65_HS1-834228961_62-HQ-83894_Serial_130
Agency: FBI
Page 76
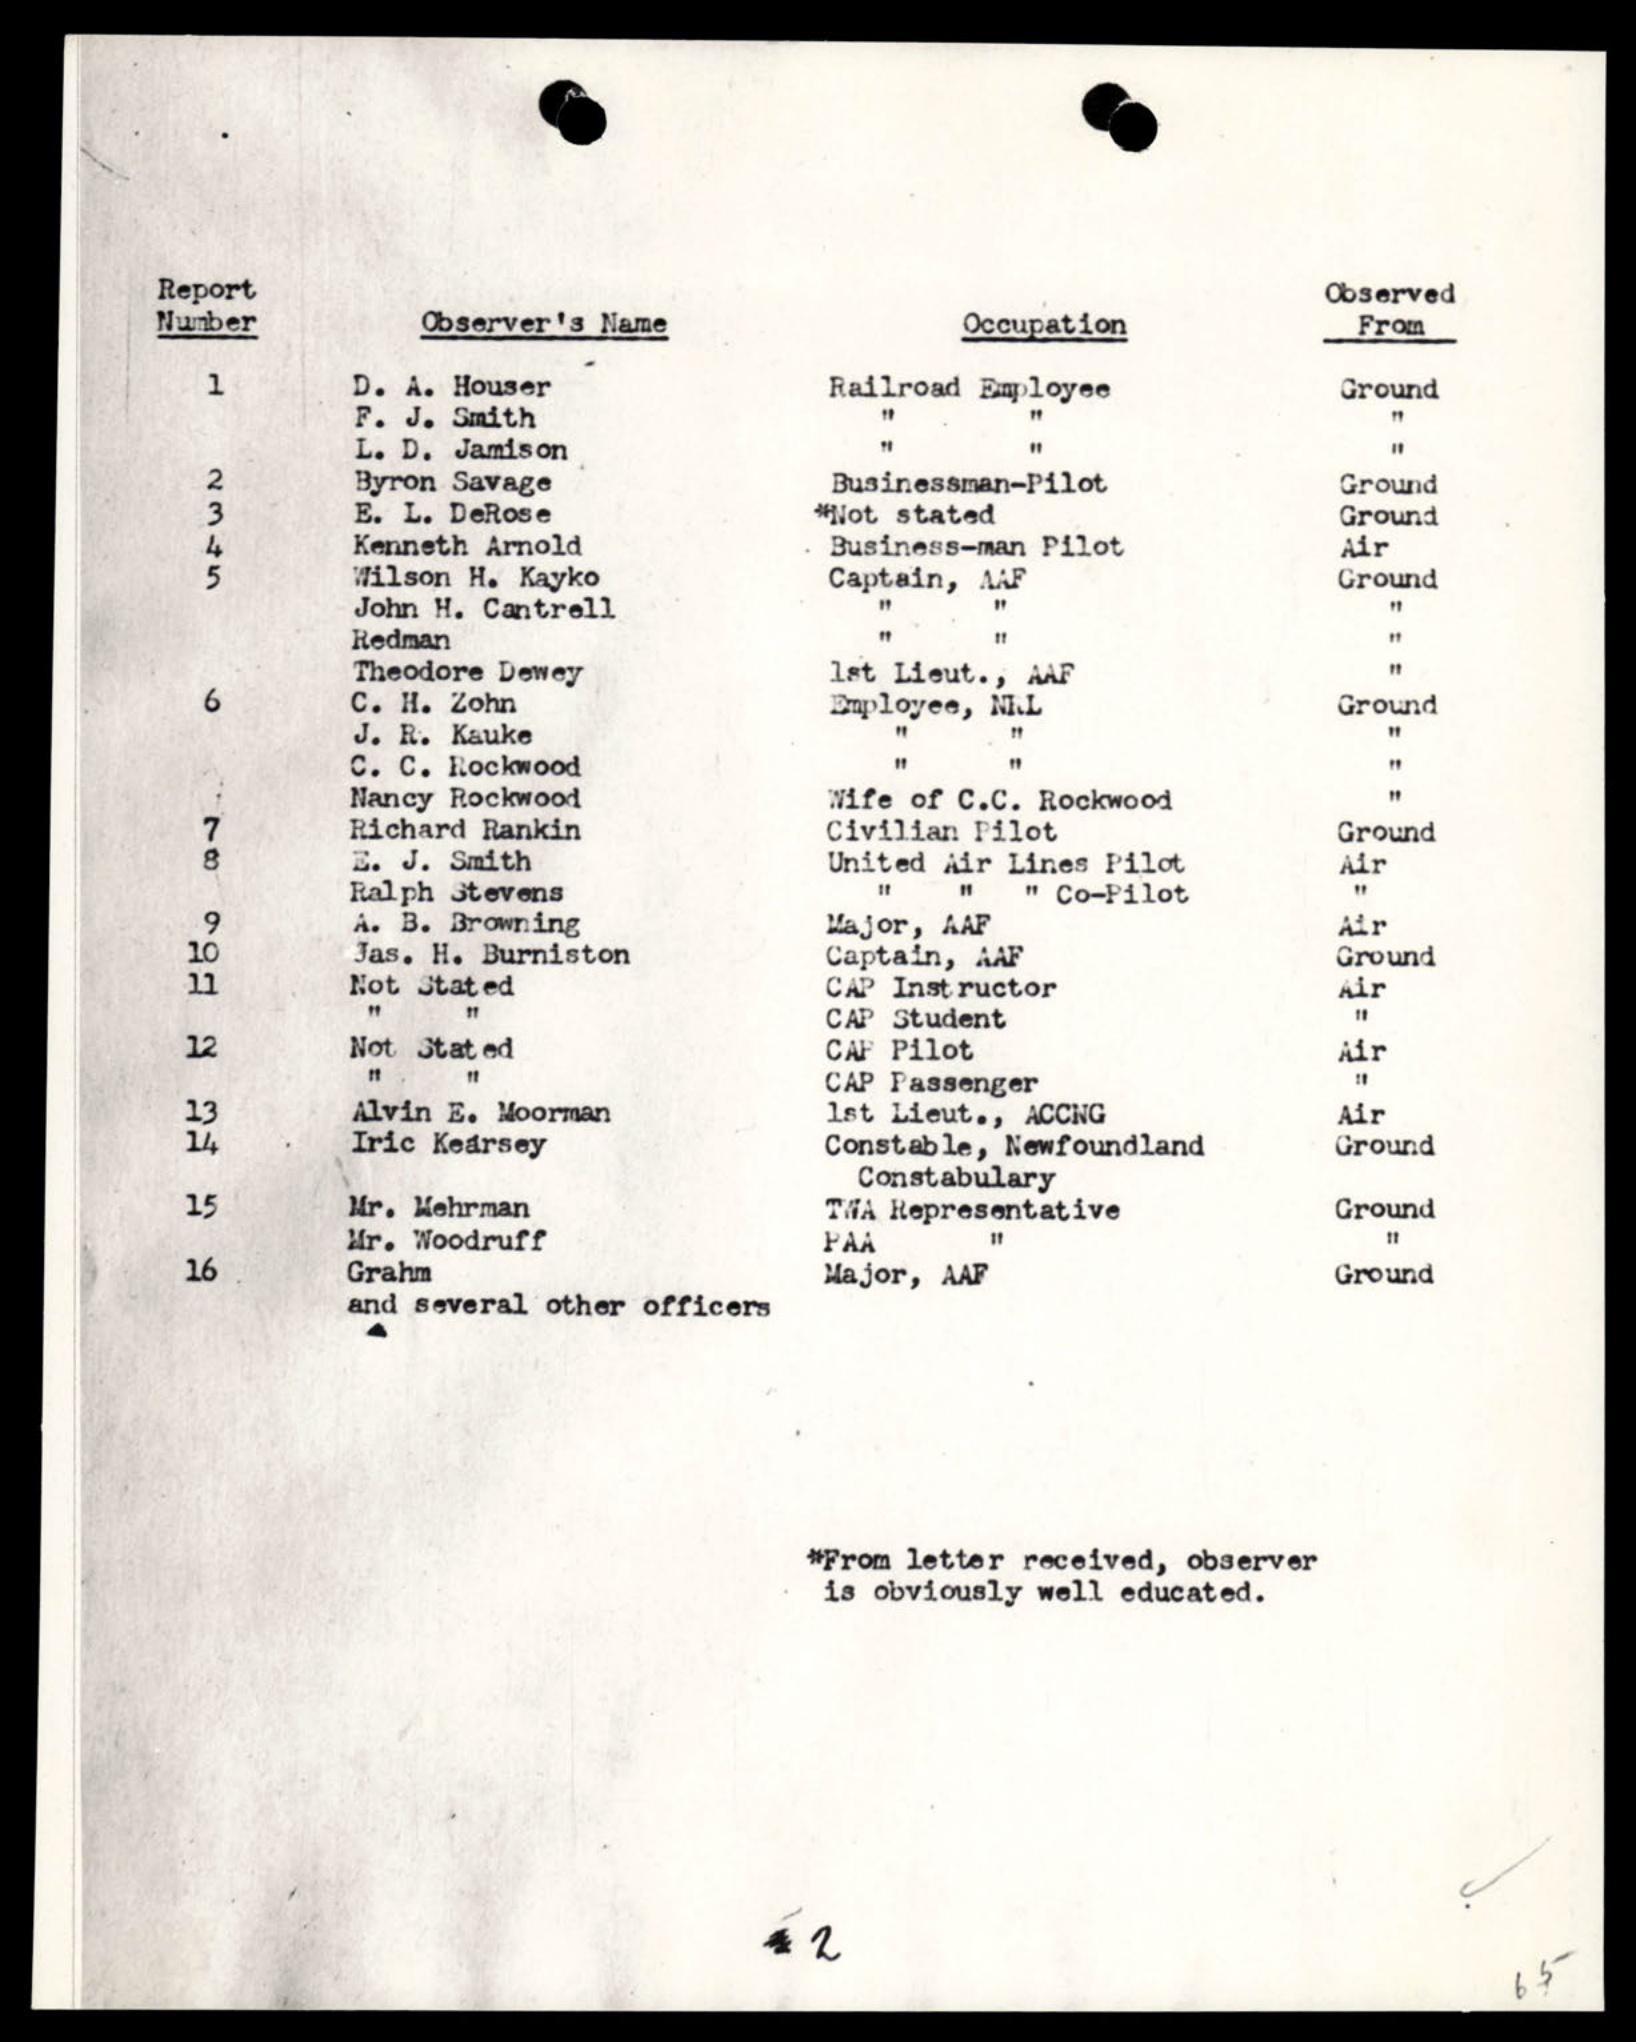